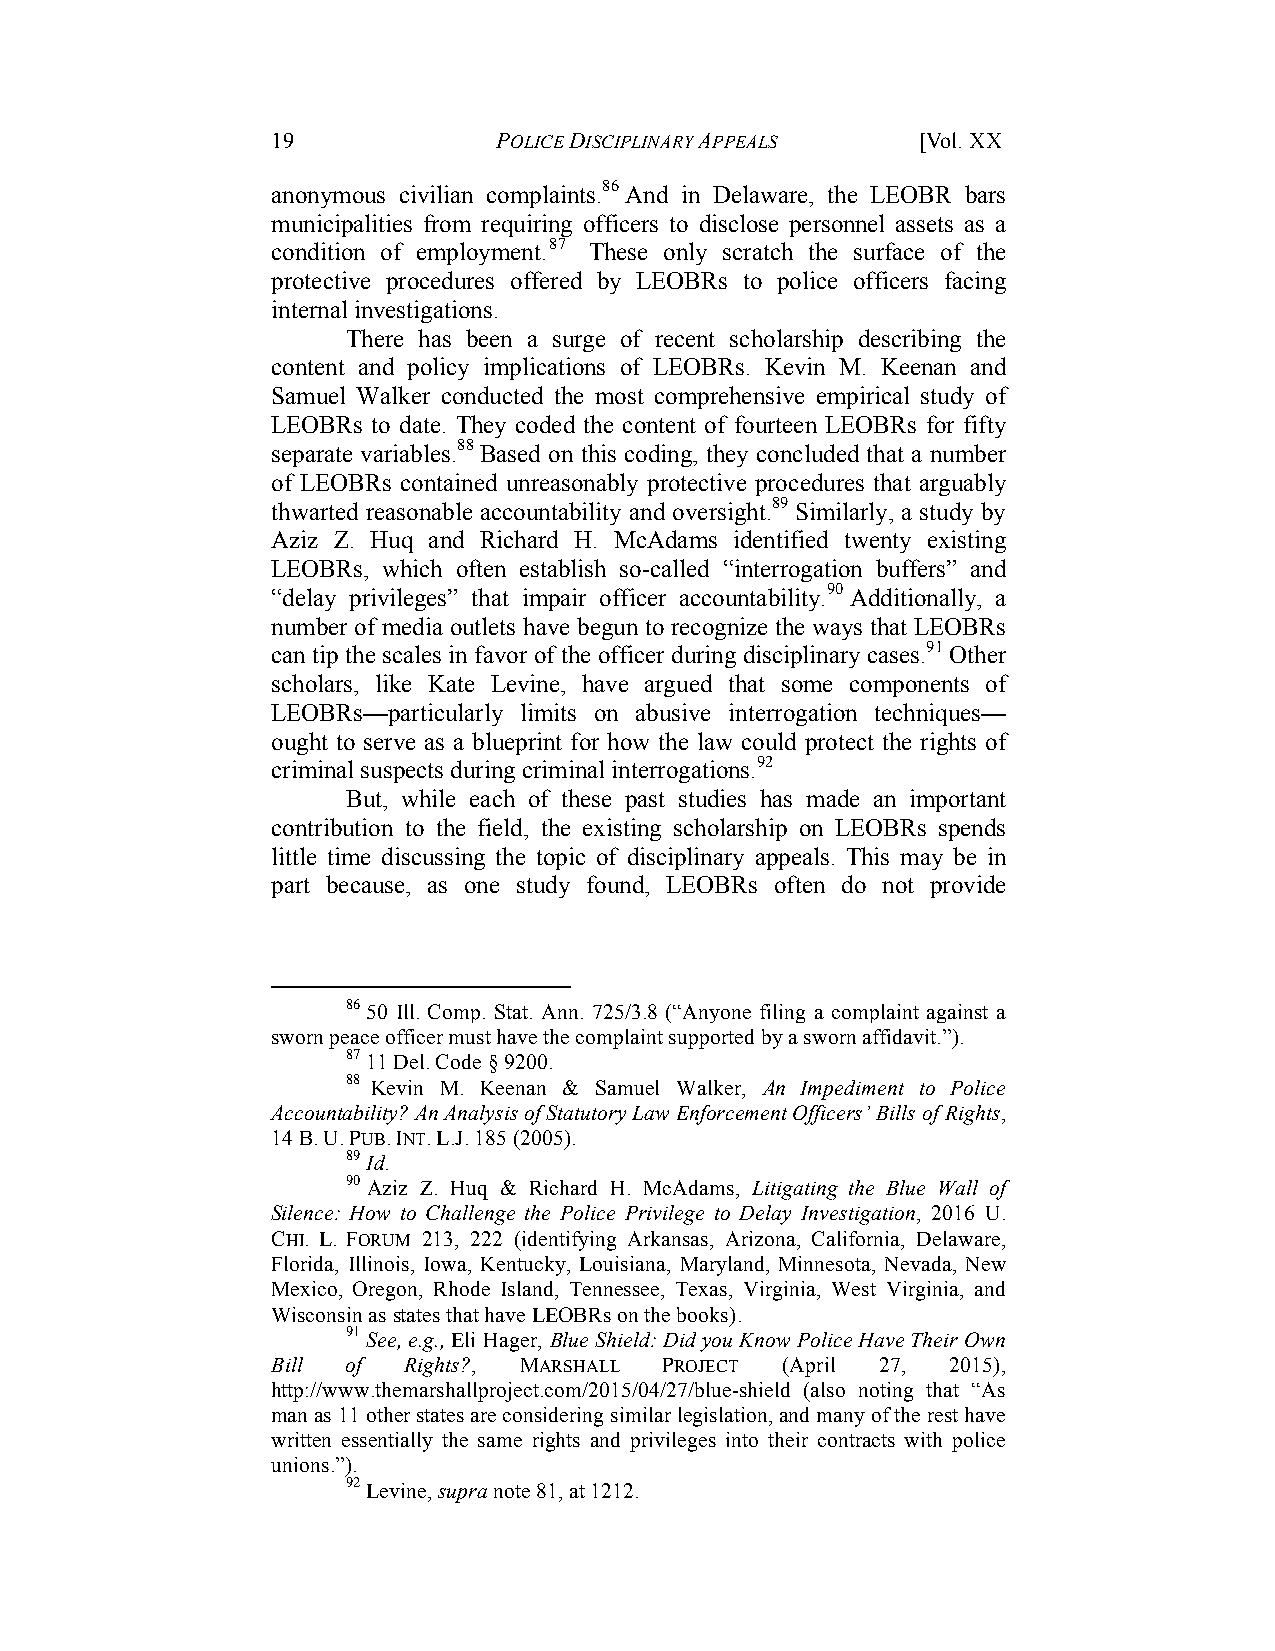
19             POLICE DISCIPLINARY APPEALS [Vol. XX
 anonymous civilian complaints.86 And in Delaware, the LEOBR bars
 municipalities from requiring officers to disclose personnel assets as a
 condition of employment.87 These only scratch the surface of the
 protective procedures offered by LEOBRs to police officers facing
 internal investigations.
 There has been a surge of recent scholarship describing the
 content and policy implications of LEOBRs. Kevin M. Keenan and
 Samuel Walker conducted the most comprehensive empirical study of
 LEOBRs to date. They coded the content of fourteen LEOBRs for fifty
 separate variables.88 Based on this coding, they concluded that a number
 of LEOBRs contained unreasonably protective procedures that arguably
 thwarted reasonable accountability and oversight.89 Similarly, a study by
 Aziz Z. Huq and Richard H. McAdams identified twenty existing
 LEOBRs, which often establish so-called “interrogation buffers” and
 “delay privileges” that impair officer accountability.90 Additionally, a
 number of media outlets have begun to recognize the ways that LEOBRs
 can tip the scales in favor of the officer during disciplinary cases.91 Other
 scholars, like Kate Levine, have argued that some components of
 LEOBRs—particularly limits on abusive interrogation techniques—
 ought to serve as a blueprint for how the law could protect the rights of
 criminal suspects during criminal interrogations.92
 But, while each of these past studies has made an important
 contribution to the field, the existing scholarship on LEOBRs spends
 little time discussing the topic of disciplinary appeals. This may be in
 part because, as one study found, LEOBRs often do not provide
 86 50 Ill. Comp. Stat. Ann. 725/3.8 (“Anyone filing a complaint against a
 sworn peace officer must have the complaint supported by a sworn affidavit.”).
 87 11 Del. Code § 9200.
 88 Kevin M. Keenan & Samuel Walker, An Impediment to Police
 Accountability? An Analysis of Statutory Law Enforcement Officers’ Bills of Rights,
 14 B. U. PUB. INT. L.J. 185 (2005).
 89 Id.
 90 Aziz Z. Huq & Richard H. McAdams, Litigating the Blue Wall of
 Silence: How to Challenge the Police Privilege to Delay Investigation, 2016 U.
 CHI. L. FORUM 213, 222 (identifying Arkansas, Arizona, California, Delaware,
 Florida, Illinois, Iowa, Kentucky, Louisiana, Maryland, Minnesota, Nevada, New
 Mexico, Oregon, Rhode Island, Tennessee, Texas, Virginia, West Virginia, and
 Wisconsin as states that have LEOBRs on the books).
 91 See, e.g., Eli Hager, Blue Shield: Did you Know Police Have Their Own
 Bill of  Rights?, MARSHALL PROJECT (April 27, 2015),
 http://www.themarshallproject.com/2015/04/27/blue-shield (also noting that “As
 man as 11 other states are considering similar legislation, and many of the rest have
 written essentially the same rights and privileges into their contracts with police
 unions.”).
 92 Levine, supra note 81, at 1212.